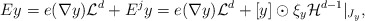
\begin{align*} Ey = e(\nabla y) {\cal L}^d + E^j y = e(\nabla y) {\cal L}^d + [y] \odot \xi_y {\cal H}^{d-1}|_{J_y}, \end{align*}